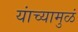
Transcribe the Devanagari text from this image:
यांच्यामुळं